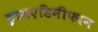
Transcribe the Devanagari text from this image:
ट्रायएडिमीफान